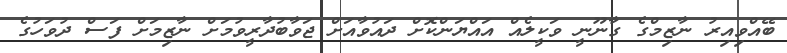
ބޭއްވިއިރު ނާޒިމްގެ ގާނޫނީ ވަކީލެއް އައްޔަންކޮށް ދައުވާއަށް ޖަވާބުދާރީވުމަށް ނާޒިމަށް ފަސް ދުވަހުގެ